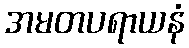
အမတပရာယနံ